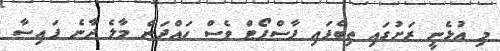
މި އުޅެނީ ރަށުގައި ތިބެފައި ޕާސްޕޯޓް ވެސް ހައްދަން މާލެ ދާނެ ފައިސާ